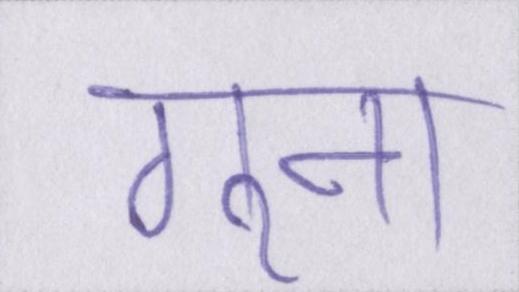
गुना